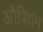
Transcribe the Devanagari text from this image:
औपियम